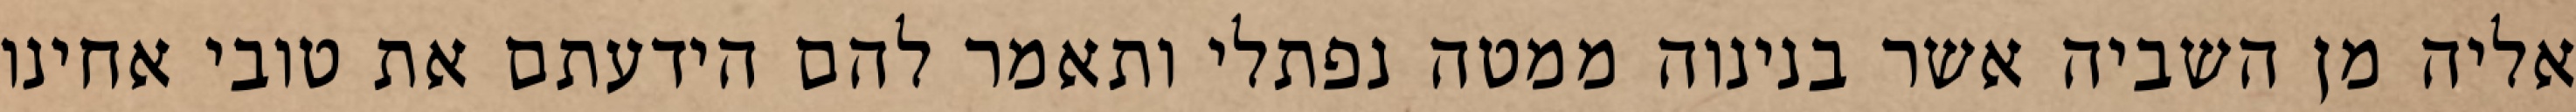
אליה מן השביה אשר בנינוה ממטה נפתלי ותאמר להם הידעתם את טובי אחינו